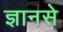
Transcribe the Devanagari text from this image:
ज्ञानसे